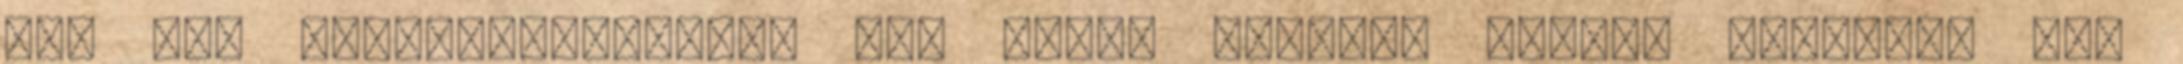
egy élő mikroorganizmus, nem lehet konkrét adatot mondani. Pl.